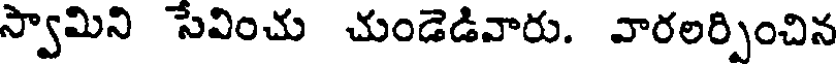
స్వామిని సేవించు చుండెడివారు. వారలర్పించిన